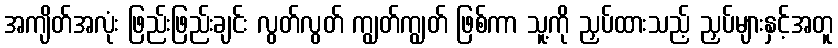
အကျိတ်အလုံး ဖြည်းဖြည်းချင်း လွတ်လွတ် ကျွတ်ကျွတ် ဖြစ်ကာ သူ့ကို ညှပ်ထားသည့် ညှပ်များနှင့်အတူ